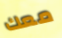
معك